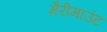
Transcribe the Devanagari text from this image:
मैरीमाउंट